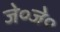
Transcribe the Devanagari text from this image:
जे०जे०